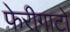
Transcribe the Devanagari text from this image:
फेरीगाटो